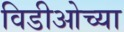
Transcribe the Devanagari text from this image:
विडीओच्या